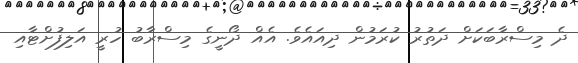
ދެ މިސްރާބަކަށް ދަތުރު ކުރަމުން ދިއައެވެ. އެއް ދޯނީގެ މިސްރާބު ހުރީ އަލިފުށްޓާއި